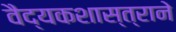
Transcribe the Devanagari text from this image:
वैद्यकशास्त्राने